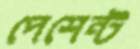
পেশেন্ট